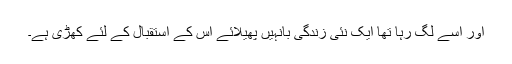
اور اسے لگ رہا تھا ایک نئی زندگی بانہیں پھیلائے اس کے استقبال کے لئے کھڑی ہے۔